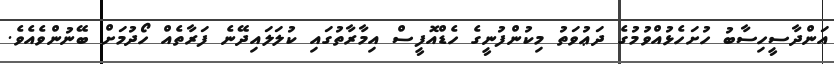
އަންދާސީހިސާބު ހުށަހެޅުއްވުމުގެ ދަޢުވަތު މިކުންފުނީގެ ހެޑްއޮފީސް އިމާރާތުގައި ކުލަލައިދޭނެ ފަރާތެއް ހޯދުމަށް ބޭނުންވެއެވެ.